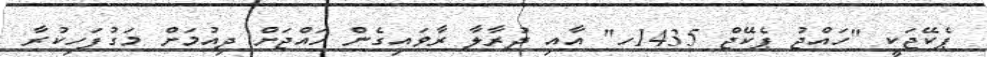
ޕެކޭޖަކީ "ހައްޖު ޕެކޭޖް 1435ހ" އާއި ދުރާލާ ރާވައިގެން ހައްޖަށް ދިއުމަށް މަގުފަހިކުރާ